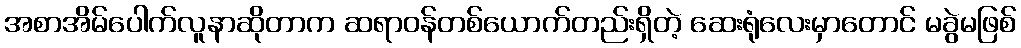
အစာအိမ်ပေါက်လူနာဆိုတာက ဆရာဝန်တစ်ယောက်တည်းရှိတဲ့ ဆေးရုံလေးမှာတောင် မခွဲမဖြစ်